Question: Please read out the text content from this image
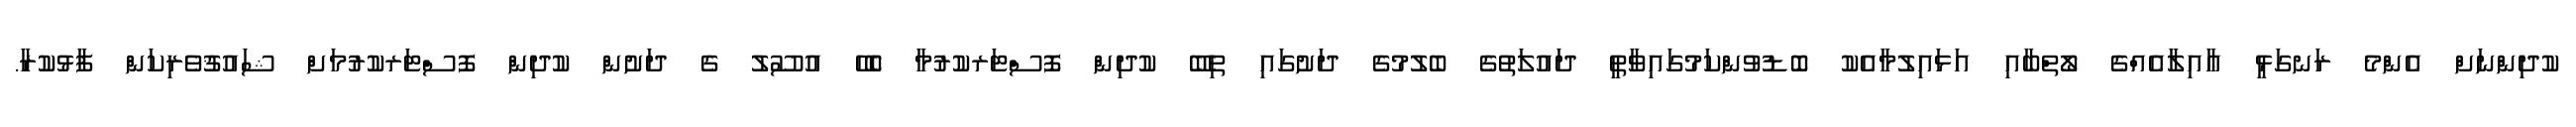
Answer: ކުދިންނަށް އެންމެ ރަނގަޅީ ޢާއިލާއެއްގެ ލޯތްބާއި އަޅައިލުމާއެކު ބޮޑުވުންކަމުގައިވާތީ ދައުލަތުގެ ބެލުމުގެ ދަށުގައި ތިބޭ ކުދިން ފޮސްޓަރކުރުމާ ބެހޭ އުސޫލު ގެ ދަށުން ކުދިން ފޮސްޓަރކުރުމަށް ޝައުޤުވެރިކަން ފާޅުކުރާ.